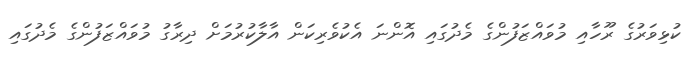
ކުޅިވަރުގެ ރޫހާއި މުވައްޒަފުންގެ މެދުގައި އޮންނަ އެކުވެރިކަން އާލާކުރުމަށް ދިރާގު މުވައްޒަފުންގެ މެދުގައި